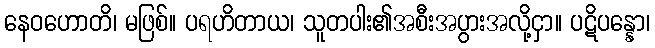
နေဝဟောတိ၊ မဖြစ်။ ပရဟိတာယ၊ သူတပါး၏အစီးအပွားအလို့ငှာ။ ပဋိပန္နော၊